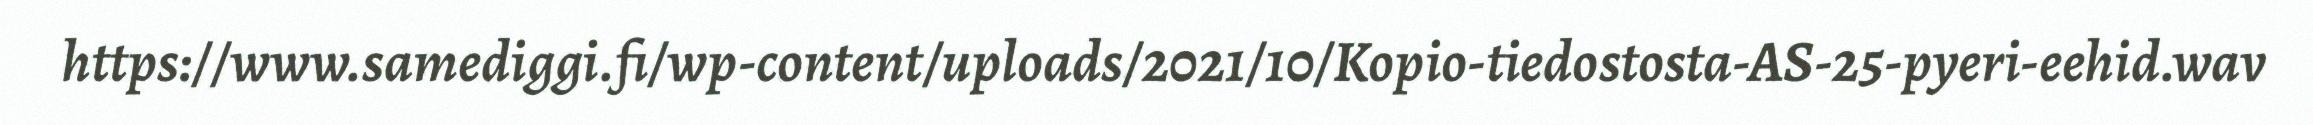
https://www.samediggi.fi/wp-content/uploads/2021/10/Kopio-tiedostosta-AS-25-pyeri-eehid.wav